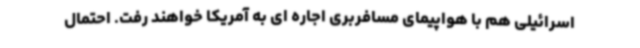
اسرائیلی هم با هواپیمای مسافربری اجاره ای به آمریکا خواهند رفت. احتمال